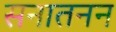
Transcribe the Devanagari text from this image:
सनातनन